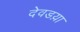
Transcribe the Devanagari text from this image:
देवडय़ा